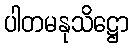
ပါတမနုသိဋ္ဌော